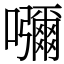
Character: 𡄣